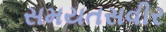
સમયતસવીર